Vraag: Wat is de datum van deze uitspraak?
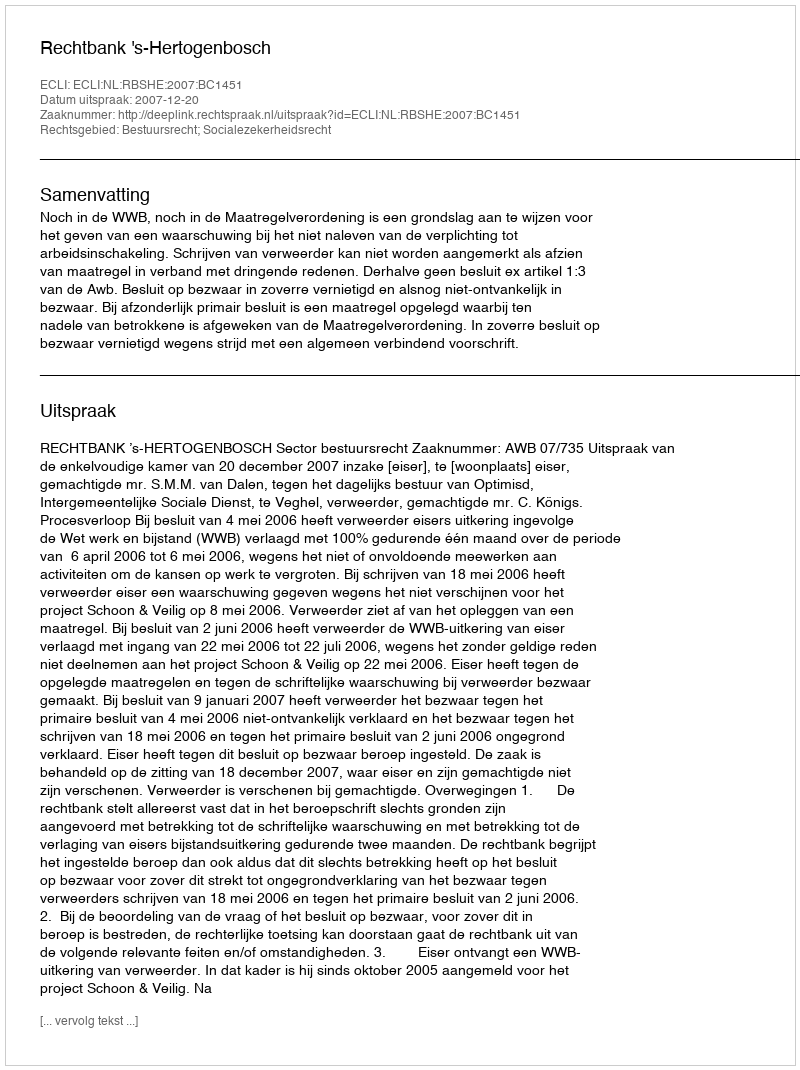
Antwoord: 2007-12-20